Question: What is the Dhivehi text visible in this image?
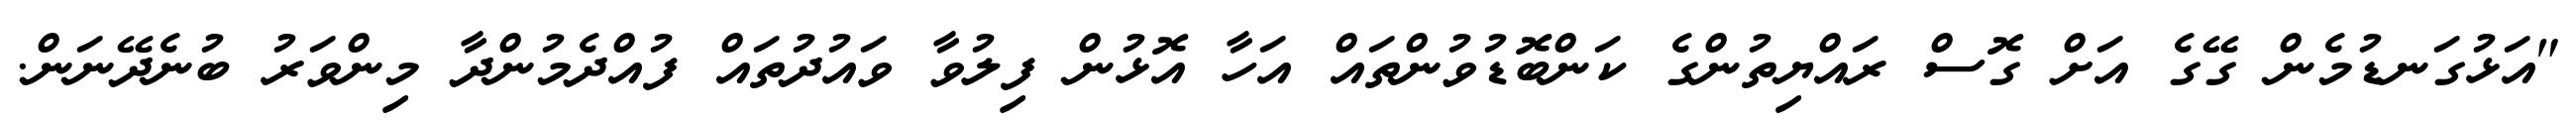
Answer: "އަޅުގަނޑުމެން ގޭގެ އަށް ގޮސް ރައްޔިތުންގެ ކަންބޮޑުވުންތައް އަހާ އޮޅުން ފިލުވާ ވައުދުތައް ފުއްދެމުންދާ މިންވަރު ބުނެދޭނަން.